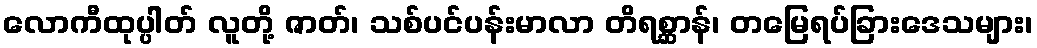
လောကီထုပ္ပါတ် လူတို့ ဇာတ်၊ သစ်ပင်ပန်းမာလာ တိရစ္ဆာန်၊ တမြေရပ်ခြားဒေသများ၊